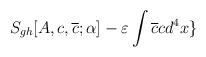
LaTeX: \begin{align*}S_{gh}[A,c,\overline{c};\alpha ]-\varepsilon \int \overline{c}cd^{4}x\}\end{align*}